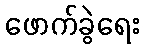
ဖောက်ခွဲရေး